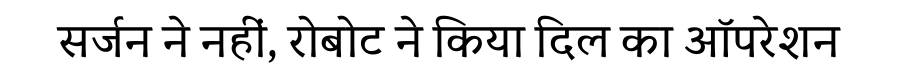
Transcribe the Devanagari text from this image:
सर्जन ने नहीं, रोबोट ने किया दिल का ऑपरेशन